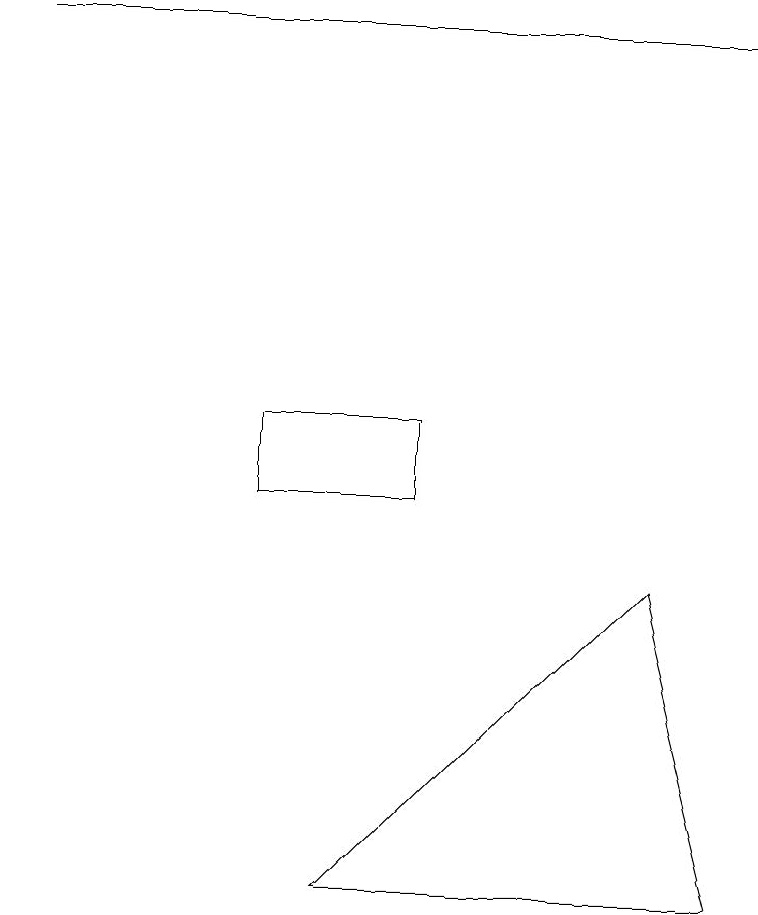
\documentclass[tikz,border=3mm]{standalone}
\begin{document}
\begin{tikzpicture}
\draw (5,11) rectangle (3,10);
\draw (8,9) -- (9,5) -- (4,5) -- cycle;
\draw (9,16) rectangle (0,16);
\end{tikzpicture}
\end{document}